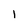
Character: l